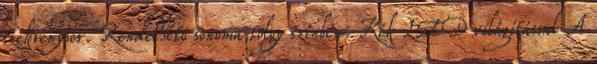
szekrénysor. Rendelhető sonoma tölgy színben. Kék LED világítással A